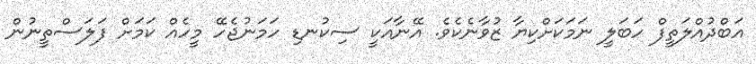
އަބްދުއްލަތީފް ހަބަލީ ނަމަކަށްކިޔާ ޒުވާނެކެވެ. އޭނާއަކީ ސިކުނޑި ހަމަނުޖެހޭ މީހެއް ކަމަށް ފަލަސްތީނުން